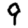
Digit: 9